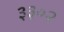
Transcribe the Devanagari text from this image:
३३०२